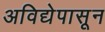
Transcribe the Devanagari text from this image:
अविद्येपासून